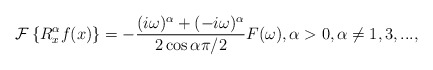
\begin{align*}\mathcal{F}\left\{ R_{x}^{\alpha}f(x)\right\} =-\frac{(i\omega)^{\alpha}+(-i\omega)^{\alpha}}{2\cos\alpha\pi/2}F(\omega),\alpha>0,\text{}\alpha\neq1,3,...,\end{align*}